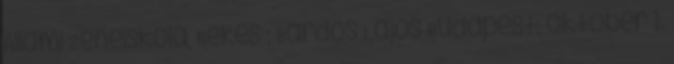
Állami Zeneiskola, Békés ; Bárdos Lajos Budapest, október 1.